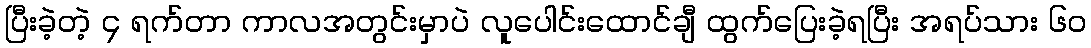
ပြီးခဲ့တဲ့ ၄ ရက်တာ ကာလအတွင်းမှာပဲ လူပေါင်းထောင်ချီ ထွက်ပြေးခဲ့ရပြီး အရပ်သား ၆၀